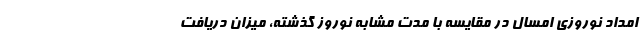
امداد نوروزی امسال در مقایسه با مدت مشابه نوروز گذشته، میزان دریافت